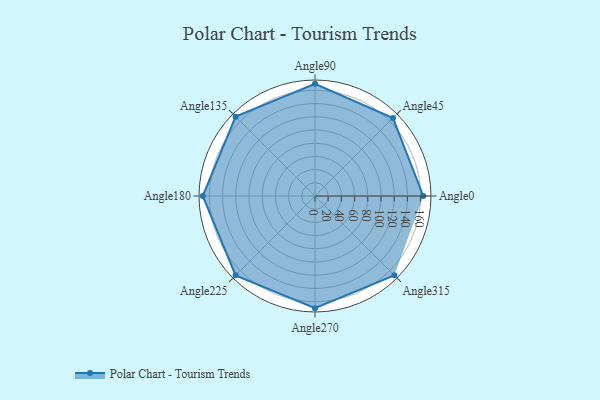
{"axis": {"x": "Angle", "y": "Radius"}, "legend": [""], "data": [{"x": "Angle0", "y": 164.0, "type": ""}, {"x": "Angle45", "y": 167.0, "type": ""}, {"x": "Angle90", "y": 170, "type": ""}, {"x": "Angle135", "y": 170, "type": ""}, {"x": "Angle180", "y": 170, "type": ""}, {"x": "Angle225", "y": 170, "type": ""}, {"x": "Angle270", "y": 170, "type": ""}, {"x": "Angle315", "y": 170, "type": ""}]}